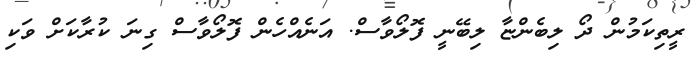
ރީތިކަމުން ދޯ ލިބެންޏާ ލިބޭނީ ފޮލޯވާސް. އަނެއްހެން ފޮލޯވާސް ގިނަ ކުރާކަށް ވަކި